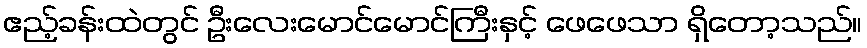
ဧည့်ခန်းထဲတွင် ဦးလေးမောင်မောင်ကြီးနှင့် ဖေဖေသာ ရှိတော့သည်။